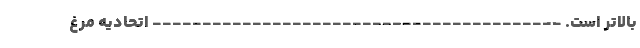
بالاتر است. ----------------------------------------- اتحادیه مرغ